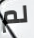
لم